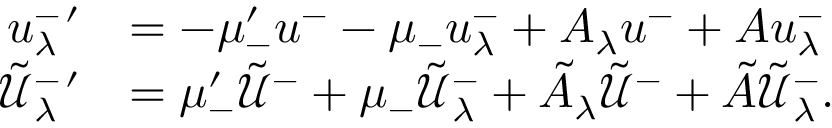
\begin{array} { r l } { u _ { \lambda } ^ { - \, \prime } } & { = - \mu _ { - } ^ { \prime } u ^ { - } - \mu _ { - } u _ { \lambda } ^ { - } + A _ { \lambda } u ^ { - } + A u _ { \lambda } ^ { - } } \\ { \tilde { \mathcal { U } } _ { \lambda } ^ { - \, \prime } } & { = \mu _ { - } ^ { \prime } \tilde { \mathcal { U } } ^ { - } + \mu _ { - } \tilde { \mathcal { U } } _ { \lambda } ^ { - } + \tilde { A } _ { \lambda } \tilde { \mathcal { U } } ^ { - } + \tilde { A } \tilde { \mathcal { U } } _ { \lambda } ^ { - } . } \end{array}